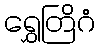
ရွှေတြိဂံ